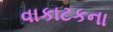
વાકાટકના